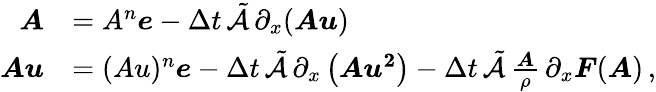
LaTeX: \begin{array}{rl}{\boldsymbol{A}}&{=A^{n}\boldsymbol{e}-\Delta t\, \tilde{\mathcal{A}}\, \partial_{x}(\boldsymbol{Au})}\\ {\boldsymbol{Au}}&{=(Au)^{n}\boldsymbol{e}-\Delta t\, \tilde{\mathcal{A}}\, \partial_{x}\left(\boldsymbol{Au^{2}}\right)-\Delta t\, \tilde{\mathcal{A}}\, \frac{\boldsymbol{A}}{\rho}\, \partial_{x}\boldsymbol{F}(\boldsymbol{A})\, ,}\end{array}